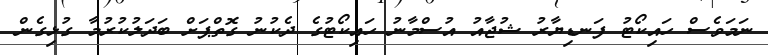
ނަމަވެސް ހައިކޯޓު ފަނޑިޔާރު ޝުޖާއު އުސްމާނު ހައިކޯޓުގެ ދެކުނު ގޮތްޕަށް ބަދަލުކުރުމާ ގުޅިގެން